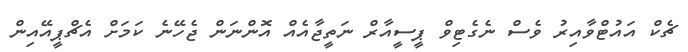
ޗެކް އައުޓްވާއިރު ވެސް ނެގެޓިވް ޕީސީއާރް ނަތީޖާއެއް އޮންނަން ޖެހޭނެ ކަމަށް އެޗްޕީއޭއިން